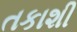
તકાશી